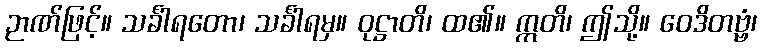
ဉာဏ်ဖြင့်။ သင်္ခါရတော၊ သင်္ခါရမှ။ ဝုဋ္ဌာတိ၊ ထ၏။ ဣတိ၊ ဤသို့။ ဝေဒိတဗ္ဗံ၊